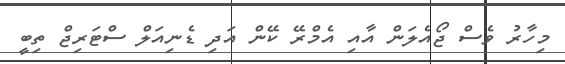
މިހާރު ވެސް ޖޯއެލަން އާއި އެމްރޭ ކޭން އަދި ޑެނިއަލް ސްޓަރިޖް ތިބީ